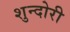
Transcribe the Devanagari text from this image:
शुन्दोरी